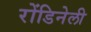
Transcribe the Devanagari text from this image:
रोंडिनेली